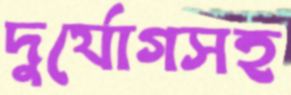
দুর্যোগসহ